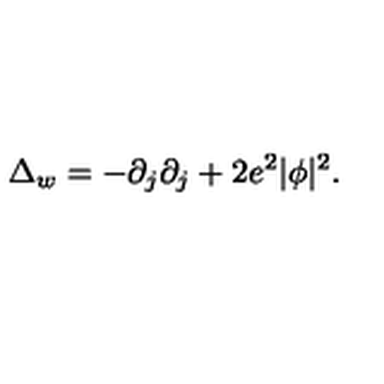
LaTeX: \Delta _ { w } = - \partial _ { j } \partial _ { j } + 2 e ^ { 2 } | \phi | ^ { 2 } .